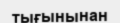
тығынынан